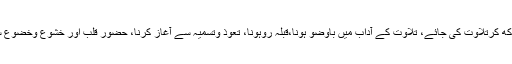
یعنی آداب کا لحاظ رکھ کرتلاوت کی جائے، تلاوت کے آداب میں باوضو ہونا،قبلہ روہونا، تعوذ وتسمیہ سے آغاز کرنا، حضور قلب اور خشوع وخضوع سے تلاوت کرنا ہے۔